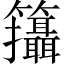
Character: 𥸓